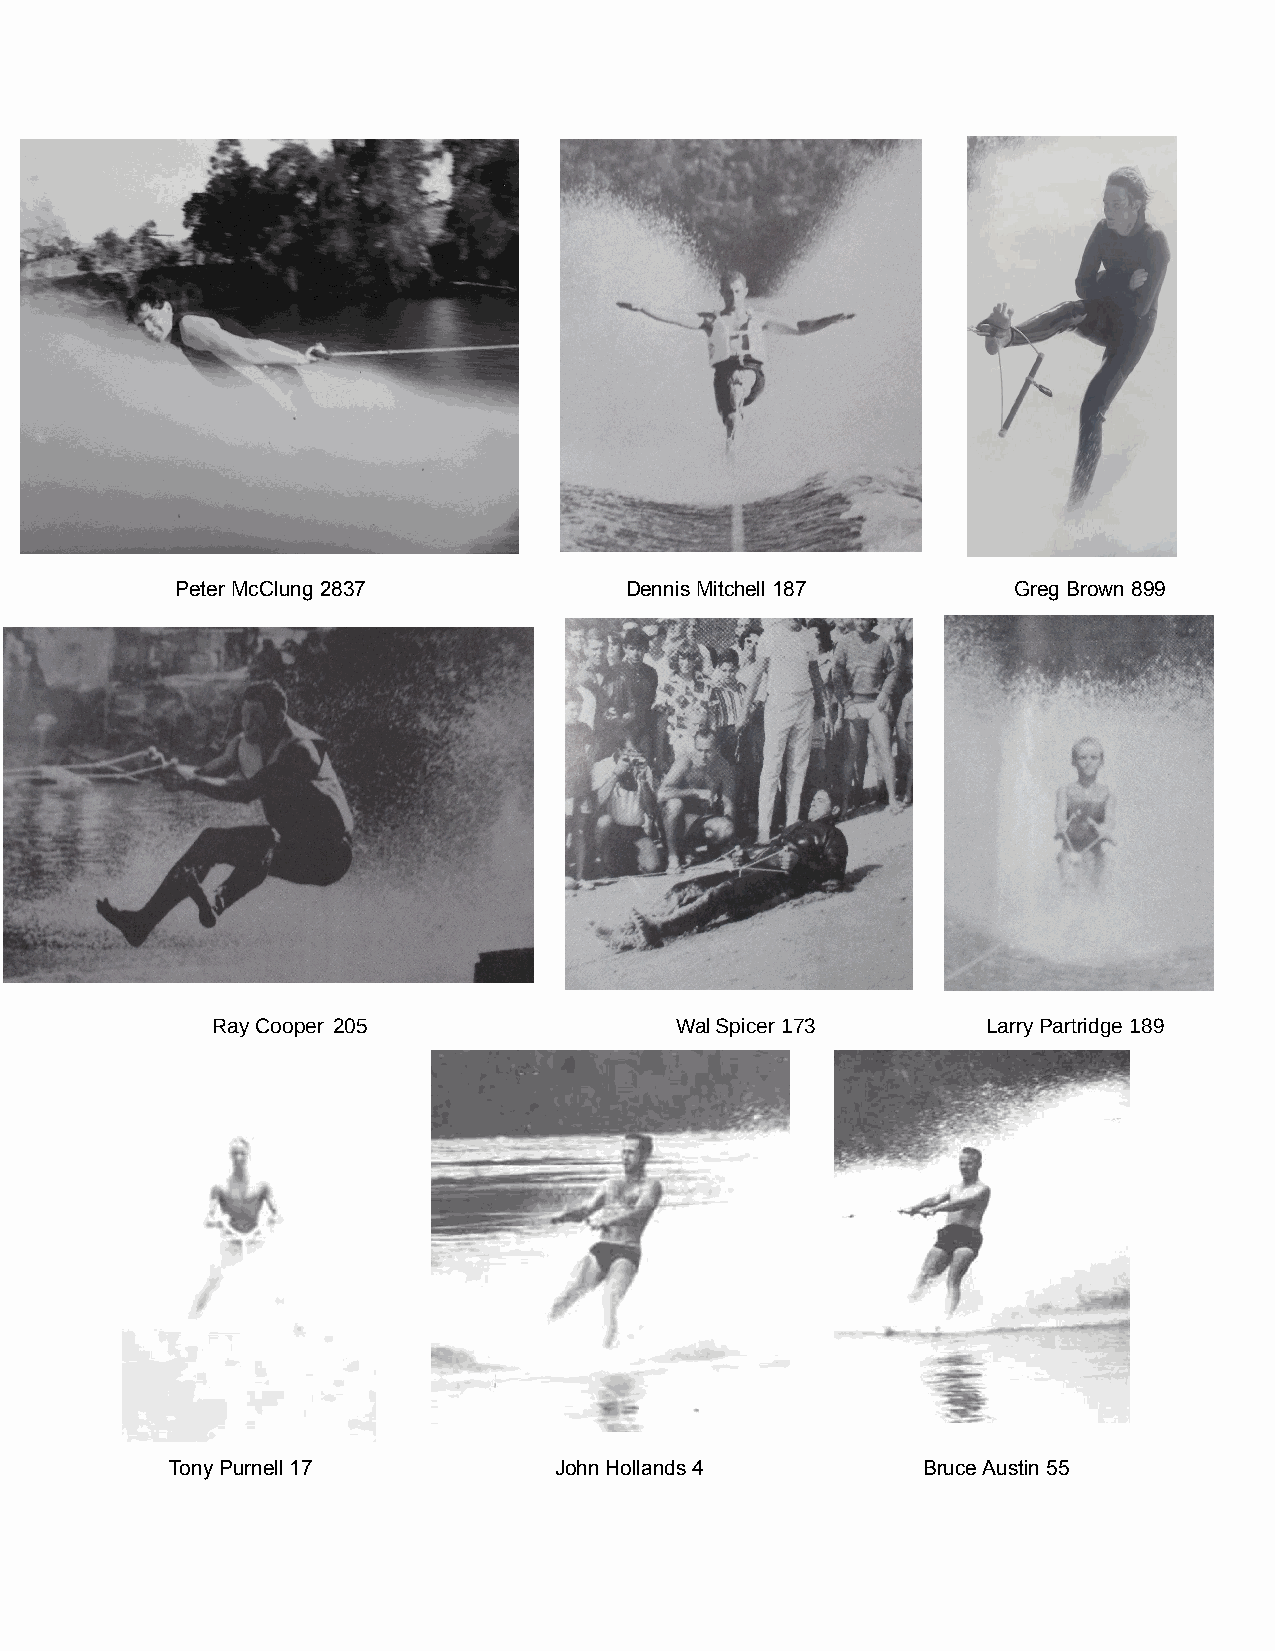
Peter McClung 2837           Dennis Mitchell 187       Greg Brown 899
 Ray Cooper 205                 Wal Spicer 173      Larry Partridge 189
 Tony Purnell 17           John Hollands 4         Bruce Austin 55